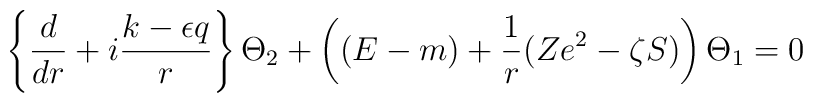
\left\{ \frac d{dr}+i\frac{k-\epsilon q}r\right\} \Theta_2+\left((E-m)+\frac 1r(Ze^2-\zeta S)\right) \Theta _1=0